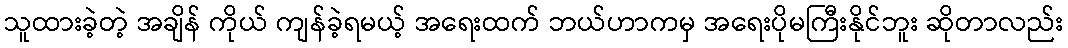
သူထားခဲ့တဲ့ အချိန် ကိုယ် ကျန်ခဲ့ရမယ့် အရေးထက် ဘယ်ဟာကမှ အရေးပိုမကြီးနိုင်ဘူး ဆိုတာလည်း